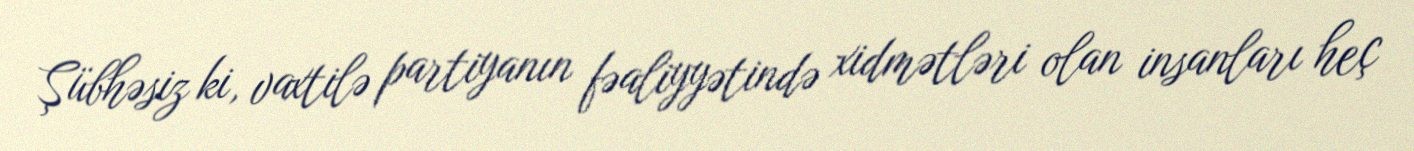
Şübhəsiz ki, vaxtilə partiyanın fəaliyyətində xidmətləri olan insanları heç